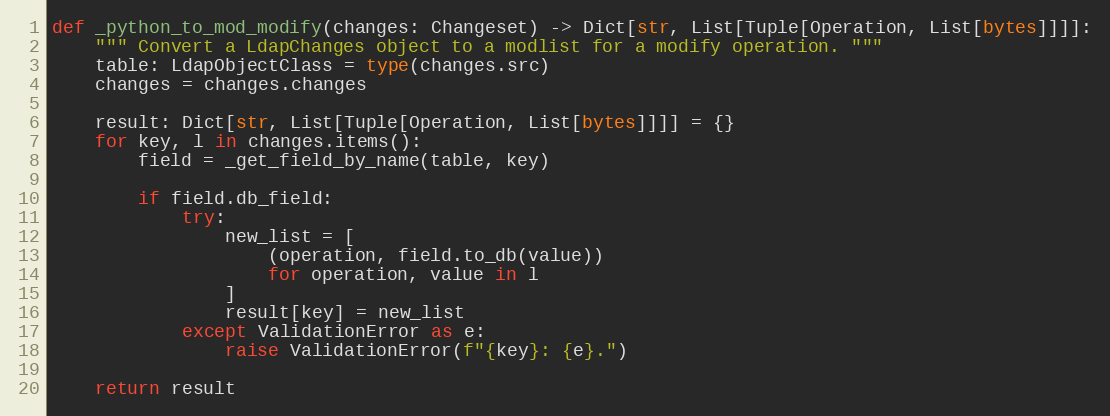
Language: Python
def _python_to_mod_modify(changes: Changeset) -> Dict[str, List[Tuple[Operation, List[bytes]]]]:
    """ Convert a LdapChanges object to a modlist for a modify operation. """
    table: LdapObjectClass = type(changes.src)
    changes = changes.changes

    result: Dict[str, List[Tuple[Operation, List[bytes]]]] = {}
    for key, l in changes.items():
        field = _get_field_by_name(table, key)

        if field.db_field:
            try:
                new_list = [
                    (operation, field.to_db(value))
                    for operation, value in l
                ]
                result[key] = new_list
            except ValidationError as e:
                raise ValidationError(f"{key}: {e}.")

    return result